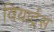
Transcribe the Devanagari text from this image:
वियार्ट्रस